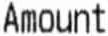
AMOUNT